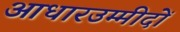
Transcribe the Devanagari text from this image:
आधारउम्मीदों